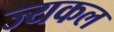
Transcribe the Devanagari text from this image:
ज्यकल